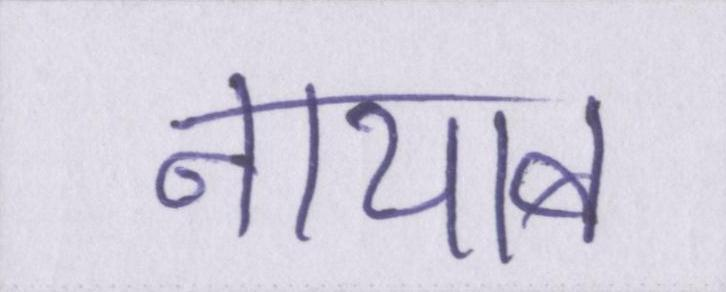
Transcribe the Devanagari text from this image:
नायाब